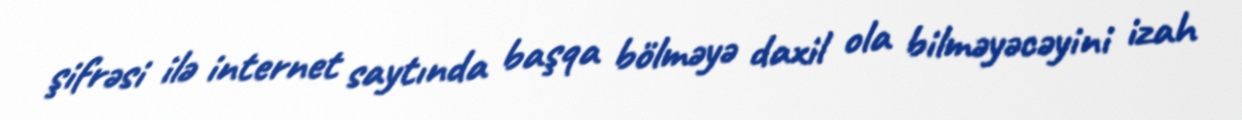
şifrəsi ilə internet saytında başqa bölməyə daxil ola bilməyəcəyini izah